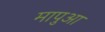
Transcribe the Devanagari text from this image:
मापुआ